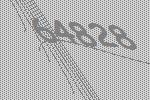
64828